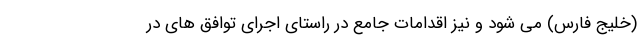
(خلیج فارس) می شود و نیز اقدامات جامع در راستای اجرای توافق های در